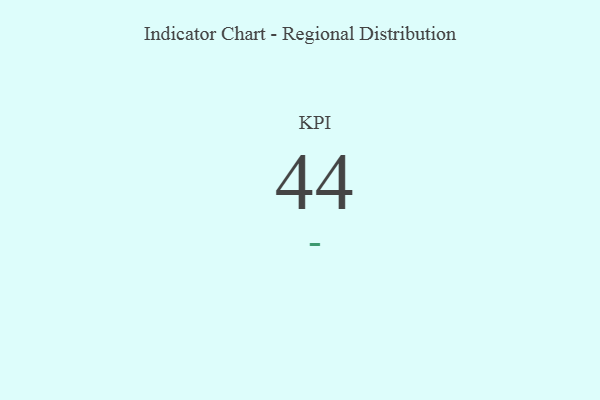
{"axis": {"x": "KPI", "y": "Value"}, "legend": [""], "data": [{"x": "KPI", "y": 44, "type": ""}]}